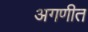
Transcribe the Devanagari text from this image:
अगणीत